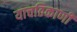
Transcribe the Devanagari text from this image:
याचठिकाणी